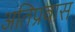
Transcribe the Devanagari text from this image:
अतिप्रवास